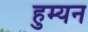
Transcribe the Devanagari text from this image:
हुम्यन